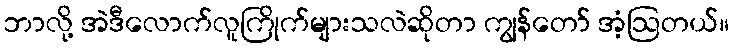
ဘာလို့ အဲဒီလောက်လူကြိုက်များသလဲဆိုတာ ကျွန်တော် အံ့ဩတယ်။